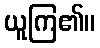
ယူကြ၏။